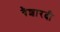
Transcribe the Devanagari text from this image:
वैशारदी